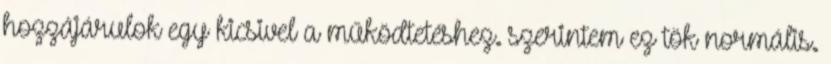
hozzájárulok egy kicsivel a működtetéshez. szerintem ez tök normális.